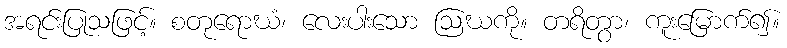
အရင်းပြုသဖြင့်။ စတုရောဃံ၊ လေးပါးသော ဩဃကို။ တရိတွာ၊ ကူးမြောက်၍။